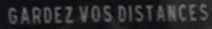
GARDEZ VOS DISTANCES